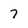
Character: 7